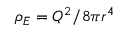
\rho _ { E } = Q ^ { 2 } / 8 \pi r ^ { 4 }